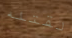
لقتله